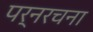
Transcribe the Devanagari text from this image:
पर्नरचना